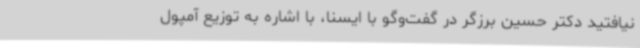
نیافتید دکتر حسین برزگر در گفت‌وگو با ایسنا، با اشاره به توزیع آمپول